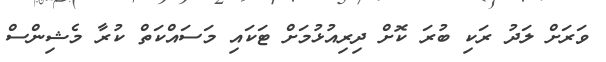
ވަރަށް ލަދު ރަކި ބުރަ ކޮށް ދިރިއުޅުމަށް ޓަކައި މަސައްކަތް ކުރާ މެޝިންސް